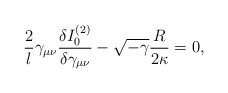
\begin{align*}\frac{2}{l} \gamma_{\mu \nu}\frac{\delta I_0^{(2)}}{\delta \gamma_{\mu \nu}}-\sqrt{-\gamma} \frac{R}{2 \kappa}=0,\end{align*}